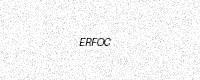
Text: ERFOC